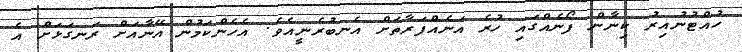
ހުއްޓުނުއިރު ކިނާން ފޯނެއްގައި ހުރެ އަނެއްފަރާތަށް އެނބުރެނީއެވެ. އެހެންކަމުން އޭނާއަށް ރަނގަޅަށް އެ